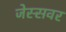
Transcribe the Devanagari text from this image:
जेस्सवर